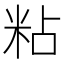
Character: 粘